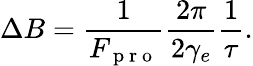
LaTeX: \Delta B=\frac{1}{F_{\mathrm{~p~r~o~}}}\frac{2\pi}{2\gamma_{e}}\frac{1}{\tau}.